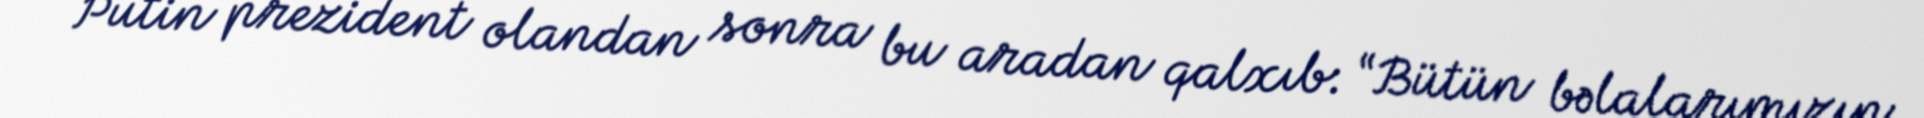
Putin prezident olandan sonra bu aradan qalxıb: “Bütün bəlalarımızın,